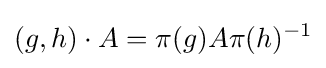
(g,h)\cdot A=\pi (g)A\pi (h)^{-1}